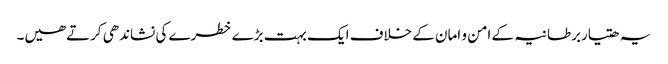
یہ ھتیاربرطانیہ کے امن و امان کے خلاف ایک بہت بڑے خطرے کی نشاندھی کرتےھیں۔